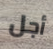
أجل